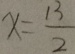
x = \frac { 1 3 } { 2 }